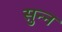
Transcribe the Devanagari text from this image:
सुन्‍न